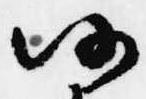
仍